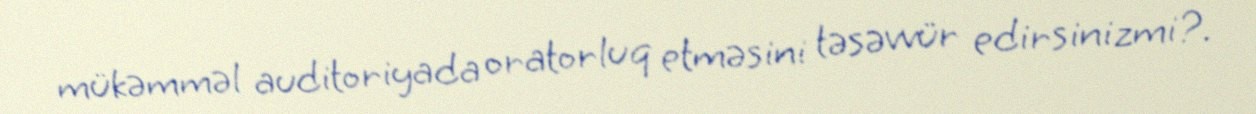
mükəmməl auditoriyada oratorluq etməsini təsəvvür edirsinizmi?.